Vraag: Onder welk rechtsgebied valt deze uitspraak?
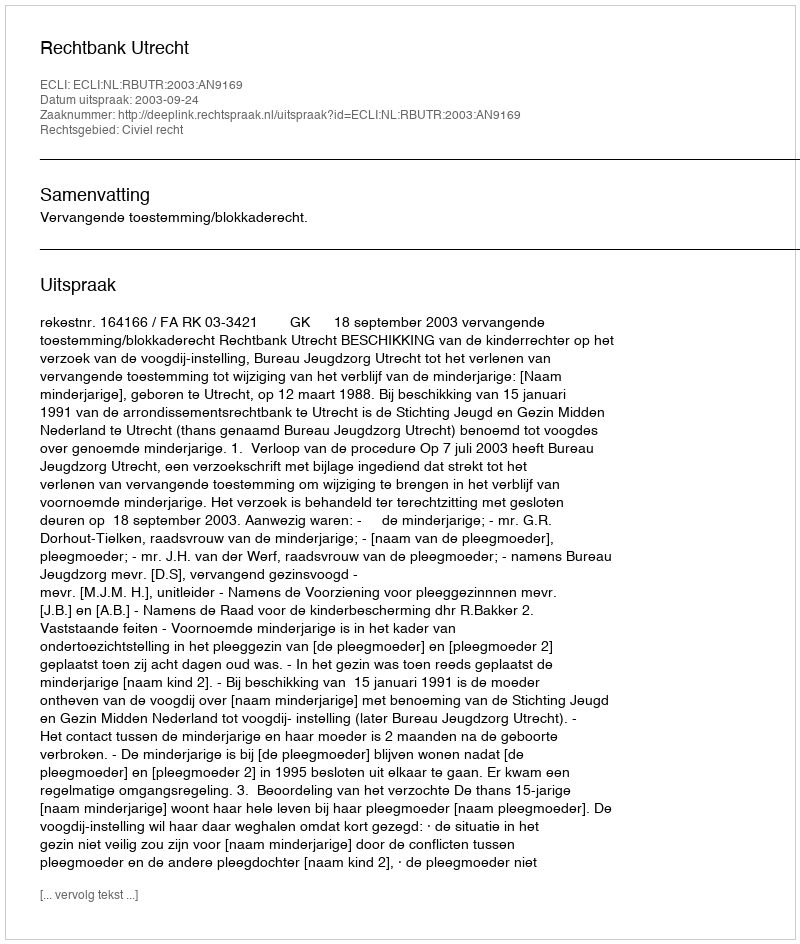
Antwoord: Civiel recht